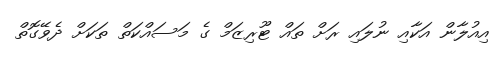
އިއުލާން އަކާއި ނުލައި ރަށް ތައް ޓޫރިޒަމް ގެ މަސައްކަތް ތަކަށް ދެވޭގޮތް